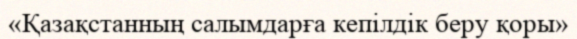
«Қазақстанның салымдарға кепілдік беру қоры»